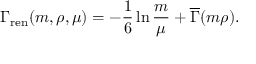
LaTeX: \Gamma _ { \mathrm { r e n } } ( m , \rho , \mu ) = - { \frac { 1 } { 6 } } \ln { \frac { m } { \mu } } + \overline { { { \Gamma } } } ( m \rho ) .